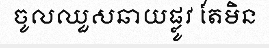
ចូលឈួសឆាយផ្លូវ តែមិន